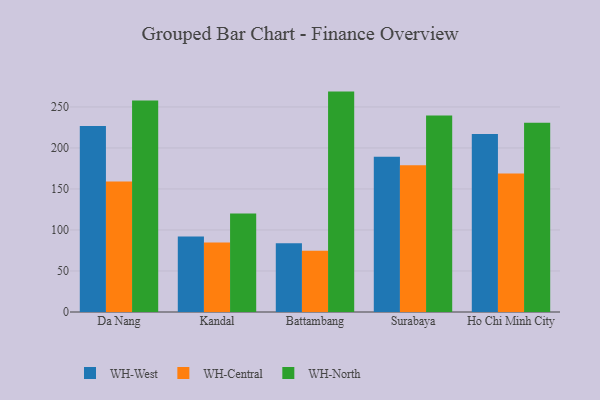
{"axis": {"x": "City", "y": "Bounce Rate (%)"}, "legend": ["WH-Central", "WH-North", "WH-West"], "data": [{"x": "Da Nang", "y": 226.9, "type": "WH-West"}, {"x": "Da Nang", "y": 159.2, "type": "WH-Central"}, {"x": "Da Nang", "y": 257.7, "type": "WH-North"}, {"x": "Kandal", "y": 92.0, "type": "WH-West"}, {"x": "Kandal", "y": 84.6, "type": "WH-Central"}, {"x": "Kandal", "y": 120.0, "type": "WH-North"}, {"x": "Battambang", "y": 83.9, "type": "WH-West"}, {"x": "Battambang", "y": 74.6, "type": "WH-Central"}, {"x": "Battambang", "y": 268.7, "type": "WH-North"}, {"x": "Surabaya", "y": 189.2, "type": "WH-West"}, {"x": "Surabaya", "y": 178.8, "type": "WH-Central"}, {"x": "Surabaya", "y": 239.6, "type": "WH-North"}, {"x": "Ho Chi Minh City", "y": 216.9, "type": "WH-West"}, {"x": "Ho Chi Minh City", "y": 169.0, "type": "WH-Central"}, {"x": "Ho Chi Minh City", "y": 230.6, "type": "WH-North"}]}